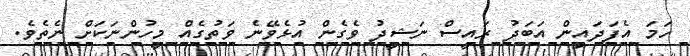
ހަމަ އެފަދައިން އަބަދު ރައީސް ނަޝީދު ވެގެން އުޅެވޭނެ ވަތުގެއް މީހުންނަކަށް ނެތެވެ.